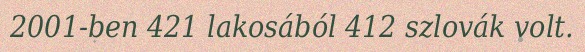
2001-ben 421 lakosából 412 szlovák volt.